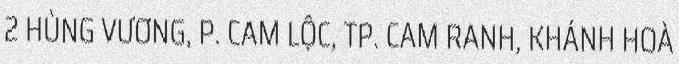
2 HÙNG VƯƠNG, P. CAM LỘC, TP. CAM RANH, KHÁNH HOÀ